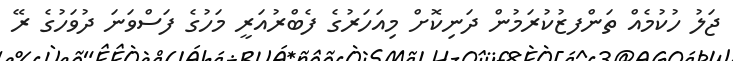
ޖަލު ހުކުމެއް ތަންފޒުކުރަމުން ދަނިކޮށް މިއަހަރުގެ ފެބްރުއަރީ މަހުގެ ފަސްވަނަ ދުވަހުގެ ރޭ